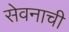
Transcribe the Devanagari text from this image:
सेवनाची